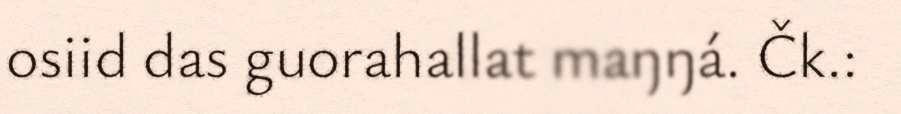
osiid das guorahallat maŋŋá. Čk.: